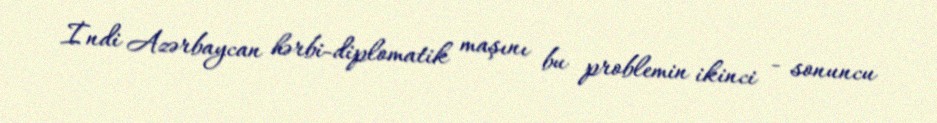
İndi Azərbaycan hərbi-diplomatik maşını bu problemin ikinci - sonuncu